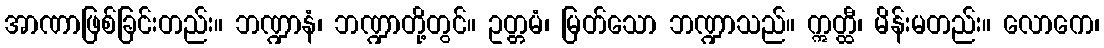
အာဏာဖြစ်ခြင်းတည်း။ ဘဏ္ဍာနံ၊ ဘဏ္ဍာတို့တွင်။ ဥတ္တမံ၊ မြတ်သော ဘဏ္ဍာသည်။ ဣတ္ထီ၊ မိန်းမတည်း။ လောကေ၊